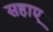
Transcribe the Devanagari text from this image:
सहाए